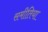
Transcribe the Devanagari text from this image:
समीतिया